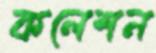
কলেশন